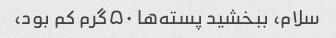
سلام، ببخشید پسته‌ها ۵۰گرم کم بود،